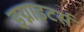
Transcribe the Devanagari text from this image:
इग्नाइटर्स